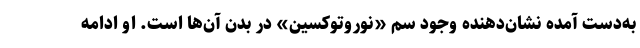
به‌دست آمده نشان‌دهنده وجود سم «نوروتوکسین» در بدن آن‌ها است. او ادامه